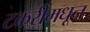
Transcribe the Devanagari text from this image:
टकरींमधून